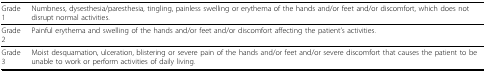
<table><thead><tr><td><b>Grade 1</b></td><td><b>Numbness, dysesthesia/paresthesia, tingling, painless swelling or erythema of the hands and/or feet and/or discomfort, which does not disrupt normal activities.</b></td></tr></thead><tbody><tr><td>Grade 2</td><td>Painful erythema and swelling of the hands and/or feet and/or discomfort affecting the patient&#x27;s activities.</td></tr><tr><td>Grade 3</td><td>Moist desquamation, ulceration, blistering or severe pain of the hands and/or feet and/or severe discomfort that causes the patient to be unable to work or perform activities of daily living.</td></tr></tbody></table>